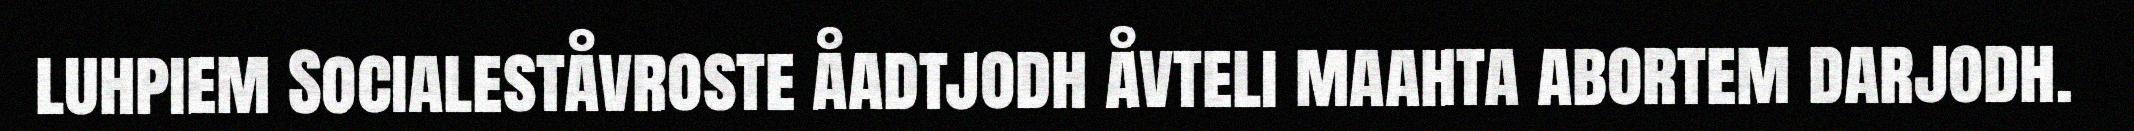
luhpiem Socialeståvroste åadtjodh åvteli maahta abortem darjodh.